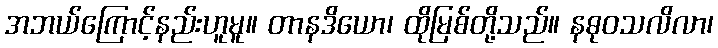
အဘယ်ကြောင့်နည်းဟူမူ။ တာနဒိယော၊ ထိုမြစ်တို့သည်။ နဓုဝသလိလာ၊